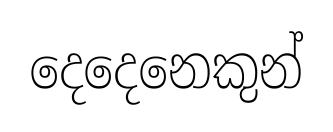
දෙදෙනෙකුන්